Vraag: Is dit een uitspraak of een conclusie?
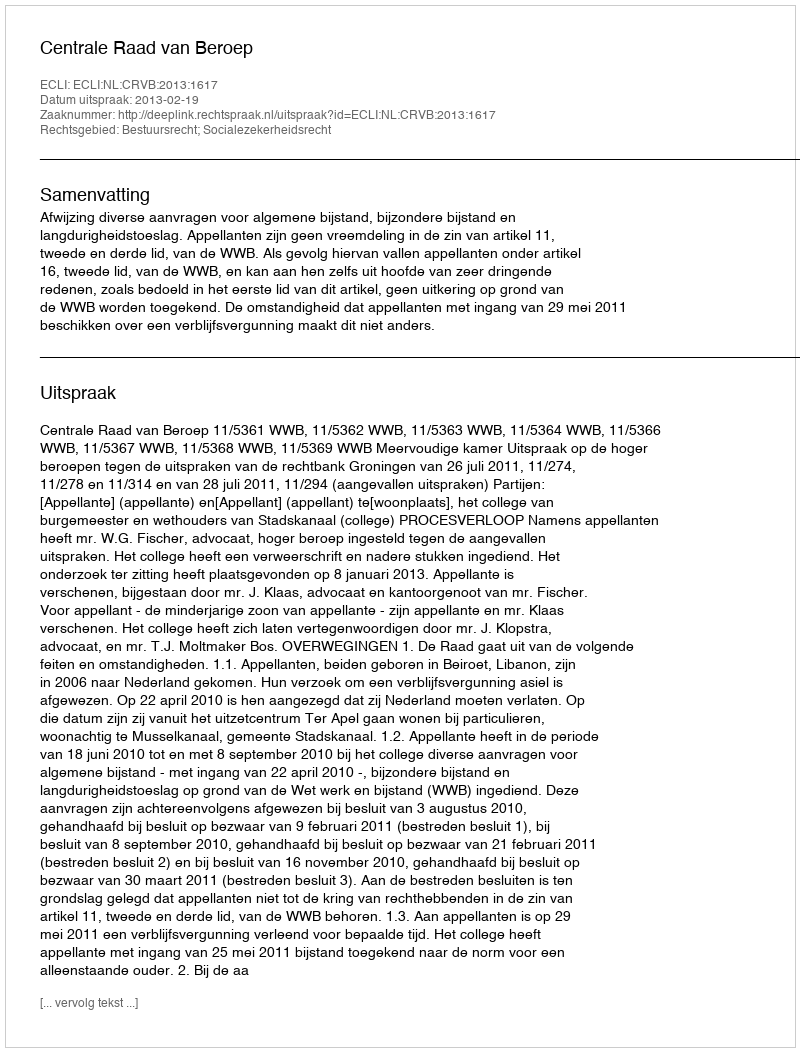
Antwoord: Uitspraak